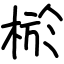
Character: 棜